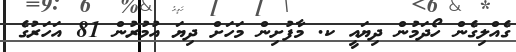
ގެއްލިގެން ހޯދަމުން ދިޔައީ ކ. މާފުށިން މަހަށް ދިޔަ އުމުރުން 81 އަހަރުގެ